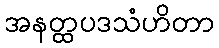
အနတ္ထပဒသံဟိတာ